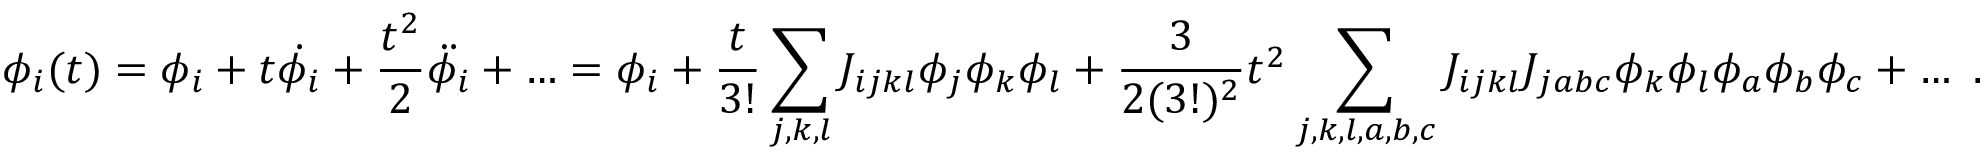
\phi _ { i } ( t ) = \phi _ { i } + t \dot { \phi _ { i } } + \frac { t ^ { 2 } } { 2 } \ddot { \phi _ { i } } + \ldots = \phi _ { i } + \frac { t } { 3 ! } \sum _ { j , k , l } J _ { i j k l } \phi _ { j } \phi _ { k } \phi _ { l } + \frac { 3 } { 2 ( 3 ! ) ^ { 2 } } t ^ { 2 } \sum _ { j , k , l , a , b , c } J _ { i j k l } J _ { j a b c } \phi _ { k } \phi _ { l } \phi _ { a } \phi _ { b } \phi _ { c } + \ldots ~ .